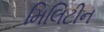
મિલિટીન